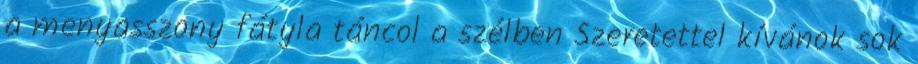
a menyasszony fátyla táncol a szélben Szeretettel kívánok sok